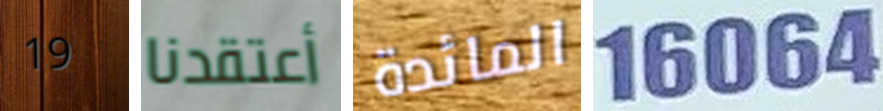
19 أعتقدنا المائدة 16064